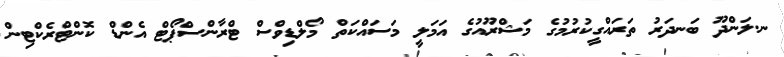
ނ.ލަންދޫ ބަނދަރު ތަރައްގީކުރުމުގެ މަޝްރޫއުގެ އަމަލީ މަސައްކަތް މޯލްޑިވްސް ޓްރާންސްޕޯޓް އެންޑް ކޮންޓްރެކްޓިން